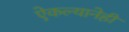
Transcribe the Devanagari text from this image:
ऐकल्यानेही